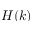
H ( k )